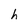
Character: h